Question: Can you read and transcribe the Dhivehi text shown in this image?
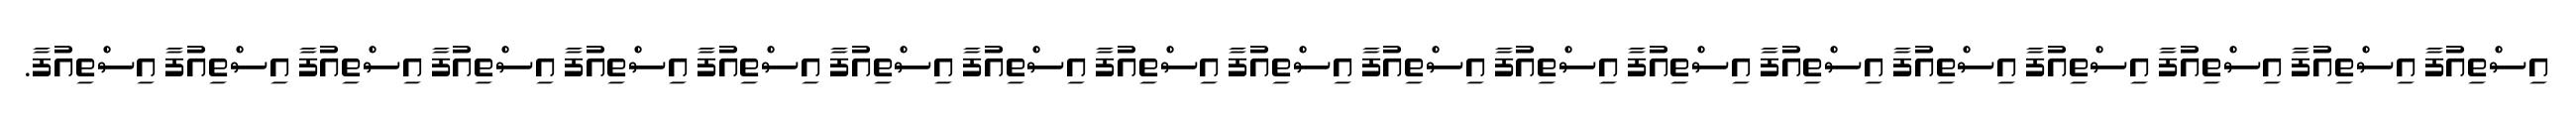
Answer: އިސްތިއުފާ އިސްތިއުފާ އިސްތިއުފާ އިސްތިއުފާ އިސްތިއުފާ އިސްތިއުފާ އިސްތިއުފާ އިސްތިއުފާ އިސްތިއުފާ އިސްތިއުފާ އިސްތިއުފާ އިސްތިއުފާ އިސްތިއުފާ އިސްތިއުފާ އިސްތިއުފާ އިސްތިއުފާ އިސްތިއުފާ އިސްތިއުފާ އިސްތިއުފާ.